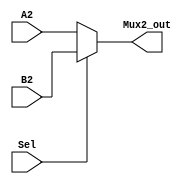
module Mux2 (
	input Sel,
	input [31:0] A2,B2,
	output [31:0] Mux2_out
	);
assign Mux2_out = (Sel==1'b0) ? A2:B2;
endmodule